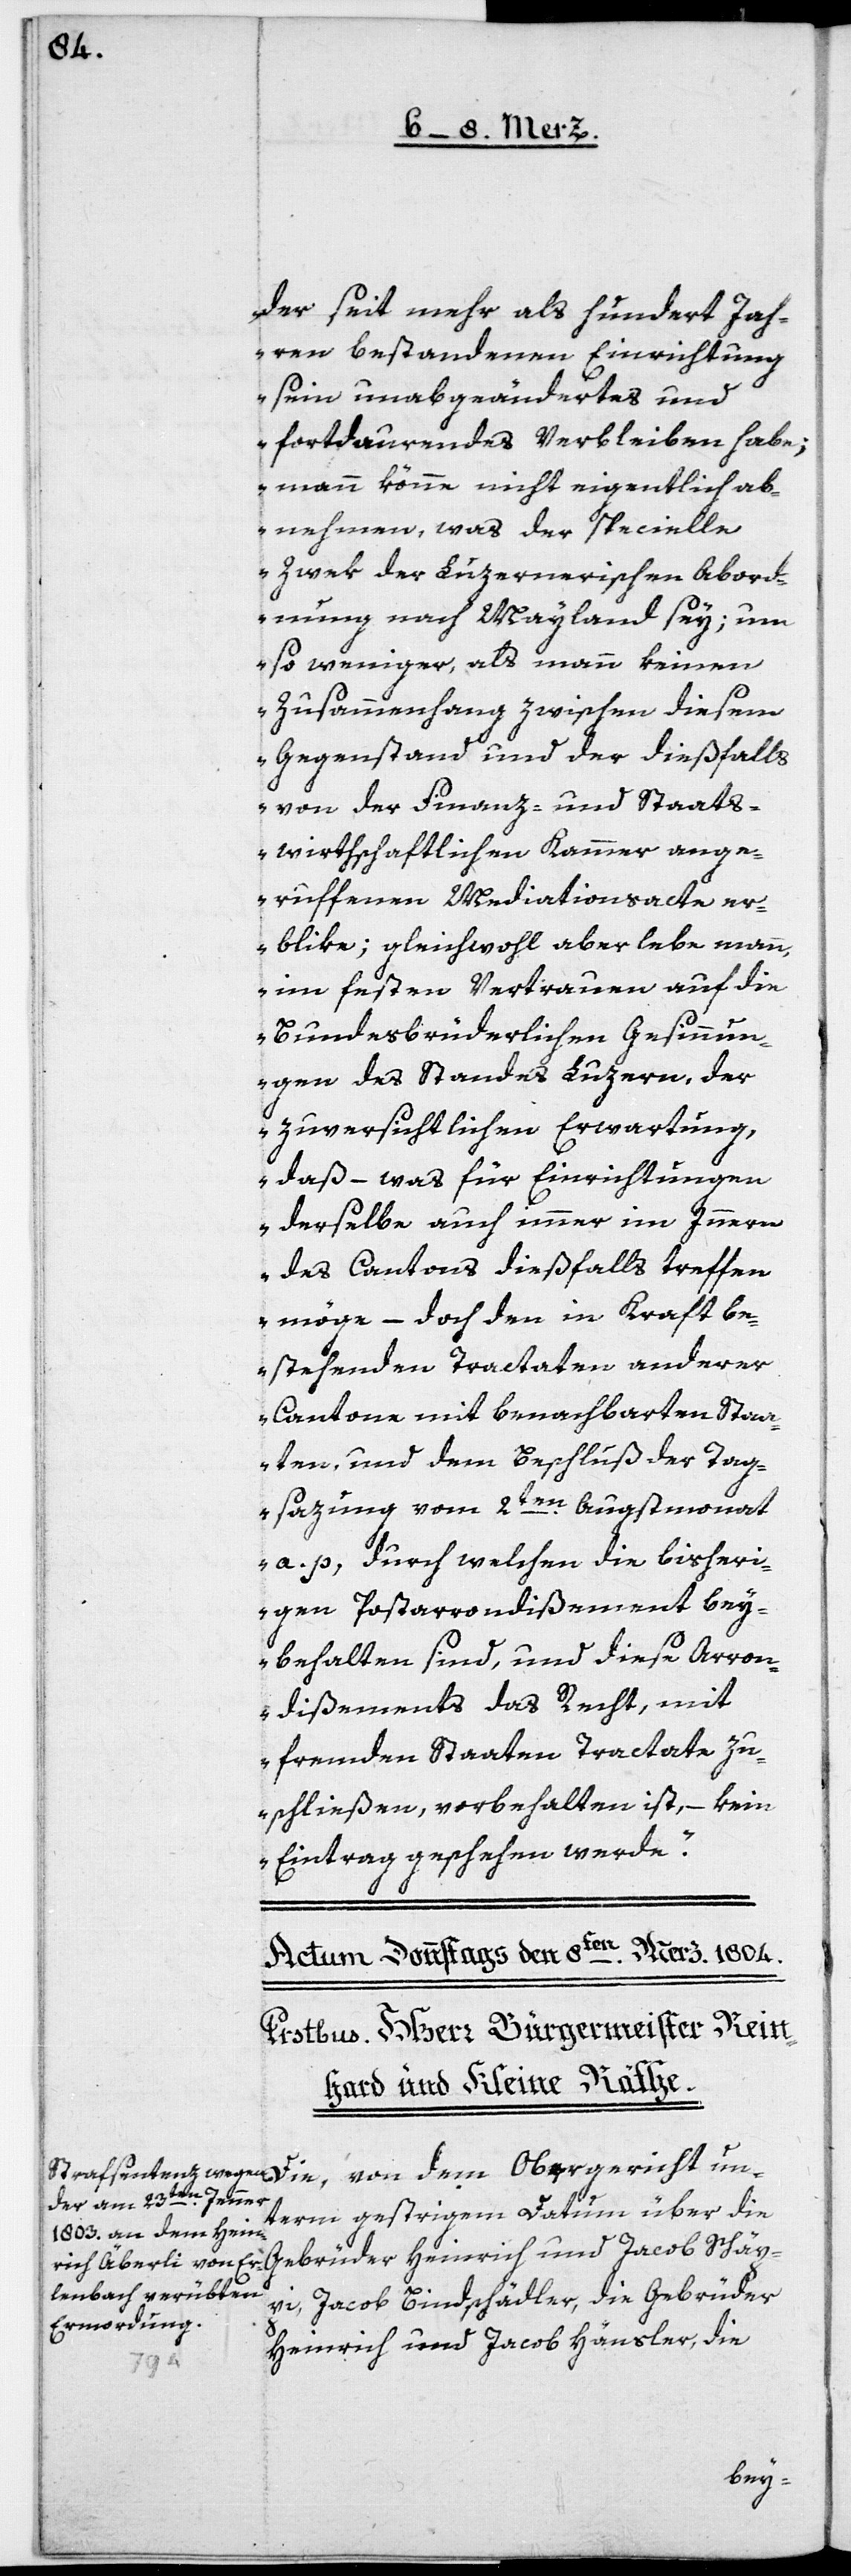
der seit mehr als hundert Jah¬
ren bestandenen Einrichtung
sein unabgeändertes und
fortdauerndes Verbleiben habe;
man könne nicht eigentlich ab¬
nehmen, was der specielle
Zweck der luzernerischen Abord¬
nung nach Mayland sey; um
so weniger, als mann keinen
Zusammenhang zwischen diesem
Gegenstand und der dießfalls
von der Finanz- und Staats¬
wirthschaftlichen Kammer ange¬
ruffenen Mediationsacte er¬
blike; gleichwohl aber lebe mann,
im festen Vertrauen auf die
bundesbrüderlichen Gesinnun¬
gen des Standes Luzern, der
zuversichtlichen Erwartung,
daß – was für Einrichtungen
derselbe auch immer im Innern
des Cantons dießfalls treffen
möge, – doch den in Kraft be¬
stehenden Tractaten anderer
Cantone mit benachbarten Staa¬
ten, und dem Beschluß der Tag¬
sazung vom 2ten Augstmonat
a. p., durch welchen die bisheri¬
gen Postarrondißement bey¬
behalten sind, und diese Arron¬
dißements das Recht, mit
fremden Staaten Tractate zu
schließen, vorbehalten ist, – kein
Eintrag geschehen werde“.
term gestrigem Datum über die
pi, Jacob Bindschädler, die Gebrüder
Heinrich und Jacob Hänsler, die
Schäp¬